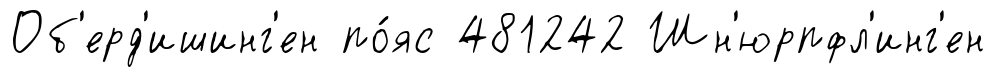
Об'ерд'ишинг'ен по́яс 481242 Шн'юрпфл'инг'ен